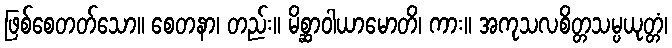
ဖြစ်စေတတ်သော။ စေတနာ၊ တည်း။ မိစ္ဆာဝါယာမောတိ၊ ကား။ အကုသလစိတ္တသမ္ပယုတ္တံ၊